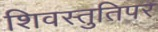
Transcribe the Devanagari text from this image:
शिवस्तुतिपर